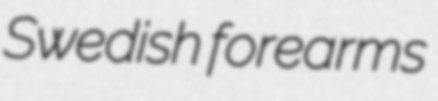
Swedish forearms